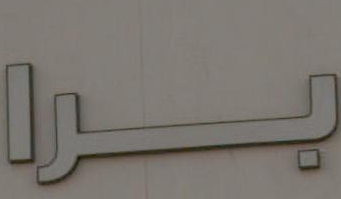
برا